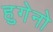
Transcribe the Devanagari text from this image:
हुगेनो